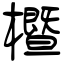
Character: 櫭